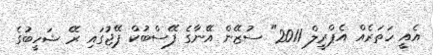
އެއީ ހަތަރެއް އެޕްރީލް 2011" ސުޒޭން އޭނާގެ ފޭސްބުކް ޕޭޖުގައި ރޭ ޝަހީބުގެ